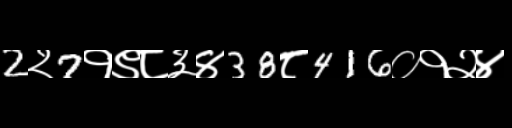
Text: 2२7१९८३४38८416०१२४